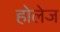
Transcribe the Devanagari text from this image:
होलेज